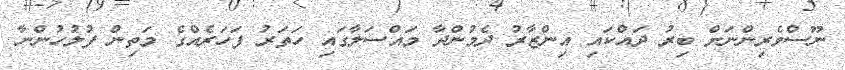
ނޫސްވެރިންނަށް ބިރު ދައްކައި އިންޒާރު ދެމުންދާ މައްސަލާގައި ހަތަރު ފަހަރެއްގެ މަތިން ފުލުހުންނާ